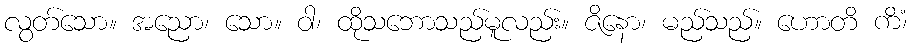
လွတ်သော။ အညော၊ သော။ ဝါ၊ ထိုသဘောသည်မူလည်း။ ဇိနော၊ မည်သည်။ ဟောတိ ကိံ၊